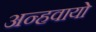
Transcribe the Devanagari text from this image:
अन्‍हवायो